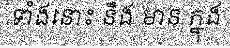
ទាំងនោះ នឹង មាន ក្នុង